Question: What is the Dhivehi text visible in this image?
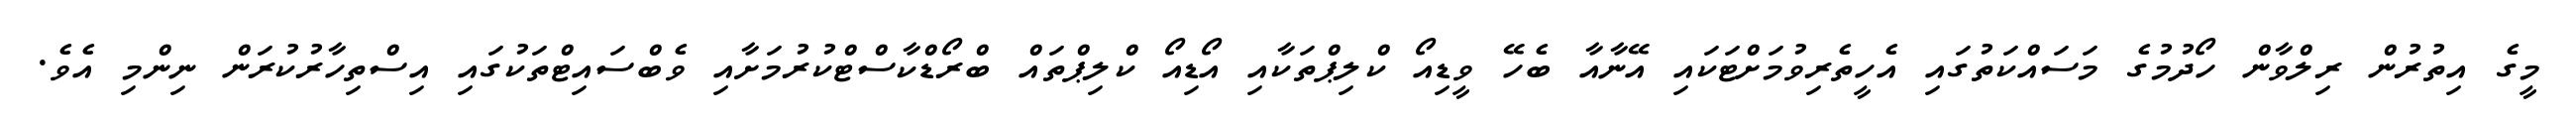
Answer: މީގެ އިތުރުން ރިލްވާން ހޯދުމުގެ މަސައްކަތުގައި އެހީތެރިވުމަށްޓަކައި އޭނާއާ ބެހޭ ވީޑިއޯ ކްލިޕްތަކާއި އޯޑިއޯ ކްލިޕްތައް ބްރޯޑްކާސްޓްކުރުމަށާއި ވެބްސައިޓްތަކުގައި އިސްތިހާރުކުރަން ނިންމި އެވެ.